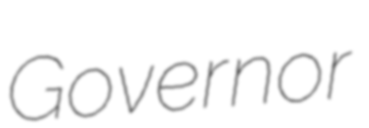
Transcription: Governor